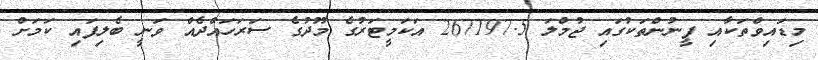
މިޑައިވްތަކާއި ފީނުންތަކުގައި ޖުމްލަ 267197.5 އަކަމީޓަރުގެ މޫދުގެ ސަރަހައްދެއް ވަނީ ބެލިފައި ކަމަށް